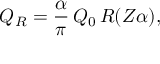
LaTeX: Q _ { R } = { \frac { \alpha } { \pi } } \, Q _ { 0 } \, R ( Z \alpha ) ,